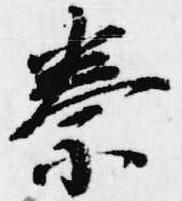
秦